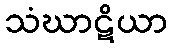
သံဃာဋိယာ